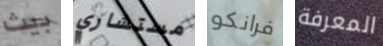
بيث مستشاري فرانكو المعرفة